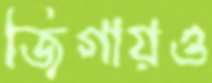
জিগায়ও